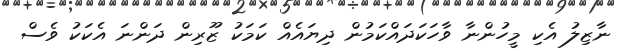
ނާޒިލު އެކި މީހުންނާ ވާހަކަދައްކަމުން ދިޔައެއް ކަމަކު ޒޫރިން ދަންނަ އެކަކު ވެސް